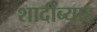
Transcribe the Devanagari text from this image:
शादीब्याह